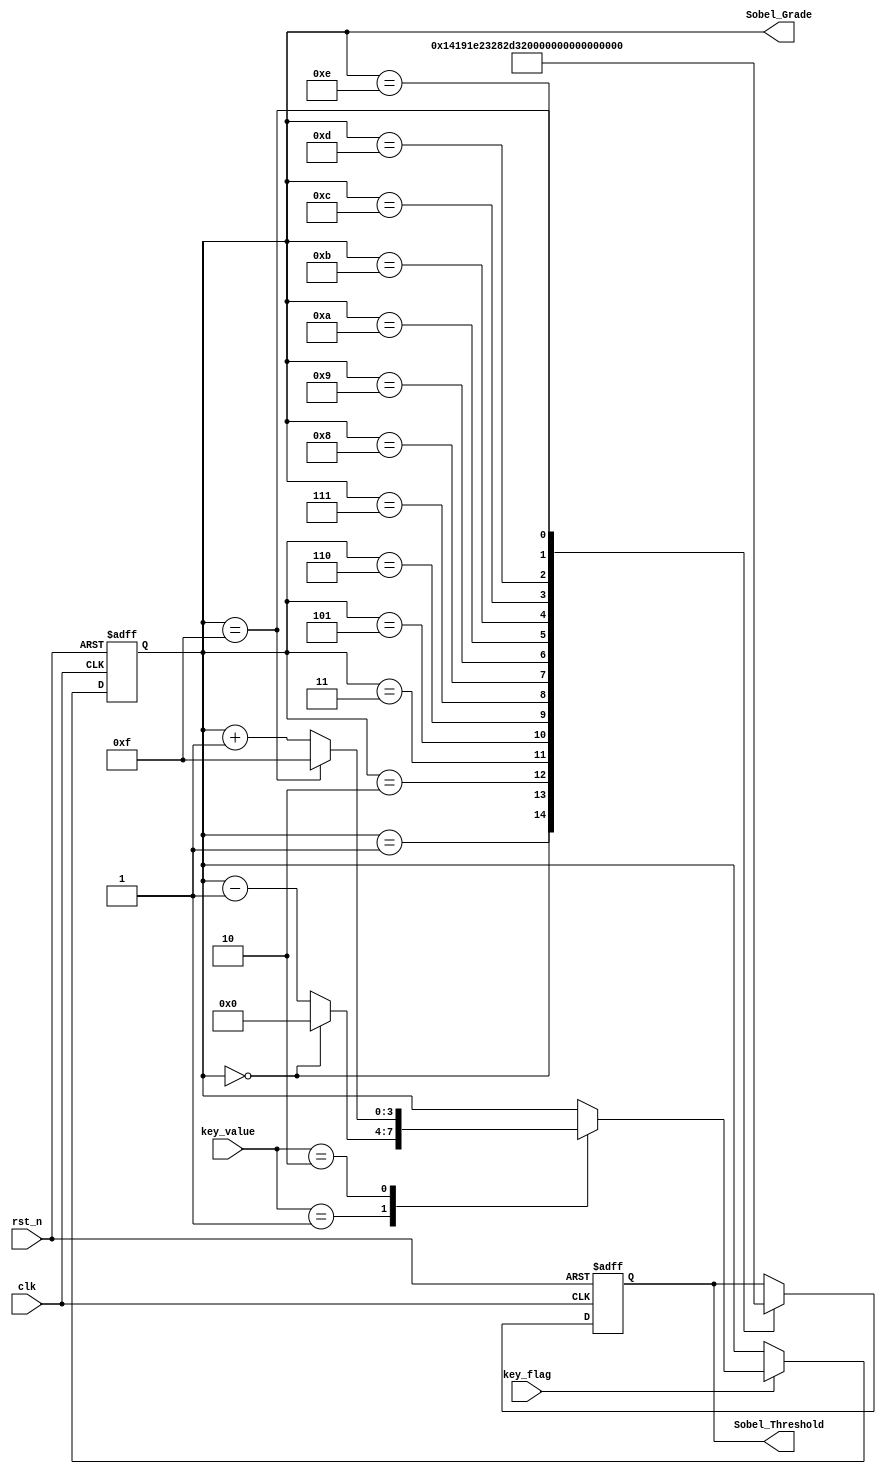
/*-----------------------------------------------------------------------
								 \\\|///
							   \\  - -  //
								(  @ @  )
+-----------------------------oOOo-(_)-oOOo-----------------------------+
CONFIDENTIAL IN CONFIDENCE
This confidential and proprietary software may be only used as authorized
by a licensing agreement from CrazyBingo (Thereturnofbingo).
In the event of publication, the following notice is applicable:
Copyright (C) 2013-20xx CrazyBingo Corporation
The entire notice above must be reproduced on all authorized copies.
Author				:		CrazyBingo
Technology blogs 	: 		www.crazyfpga.com
Email Address 		: 		crazyfpga@vip.qq.com
Filename			:		Sobel_Threshold_Adj.v
Date				:		2013-05-26
Description			:		Sobel Threshold adjust with key.
Modification History	:
Date			By			Version			Change Description
=========================================================================
13/05/25		CrazyBingo	1.0				Original
-------------------------------------------------------------------------
|                                     Oooo								|
+-------------------------------oooO--(   )-----------------------------+
                               (   )   ) /
                                \ (   (_/
                                 \_)
-----------------------------------------------------------------------*/   

`timescale 1ns/1ns
module Sobel_Threshold_Adj
(
	//global clock
	input				clk,  		//100MHz
	input				rst_n,		//global reset
	
	//user interface
	input				key_flag,		//key down flag
	input		[1:0]	key_value,		//key control data
	
	output	reg	[3:0]	Sobel_Grade,	//Sobel Grade output
	output	reg	[7:0]	Sobel_Threshold	//lcd pwn signal, l:valid
);

//---------------------------------
//Sobel Threshold adjust with key.
always@(posedge clk or negedge rst_n)
begin
	if(!rst_n)
		Sobel_Grade	<= 4'd8;
	else if(key_flag)
		begin
		case(key_value)	//{Sobel_Threshold--, Sobel_Threshold++}
		2'b01:	Sobel_Grade <= (Sobel_Grade == 4'd0)  ? 4'd0  : Sobel_Grade - 1'b1;
		2'b10:	Sobel_Grade <= (Sobel_Grade == 4'd15) ? 4'd15 : Sobel_Grade + 1'b1;
		default:;
		endcase
		end
	else
		Sobel_Grade <= Sobel_Grade;
end


//---------------------------------
//Sobel Grade Mapping with Sobel Threshold
always@(posedge clk or negedge rst_n)
begin
	if(!rst_n)
		Sobel_Threshold <= 35;
	else
		case(Sobel_Grade)
		4'h0:	Sobel_Threshold <= 20;
		4'h1:	Sobel_Threshold <= 25;
		4'h2:	Sobel_Threshold <= 30;
		4'h3:	Sobel_Threshold <= 35;
		4'h5:	Sobel_Threshold <= 40;
		4'h6:	Sobel_Threshold <= 45;
		4'h7:	Sobel_Threshold <= 50;
		4'h8:	Sobel_Threshold <= 55;
		
		4'h9:	Sobel_Threshold <= 60;
		4'ha:	Sobel_Threshold <= 65;
		4'hb:	Sobel_Threshold <= 70;
		4'hc:	Sobel_Threshold <= 75;
		4'hd:	Sobel_Threshold <= 80;
		4'he:	Sobel_Threshold <= 85;
		4'hf:	Sobel_Threshold <= 90;
		default:;
		endcase
end


endmodule